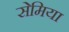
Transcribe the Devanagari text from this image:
सेमिया